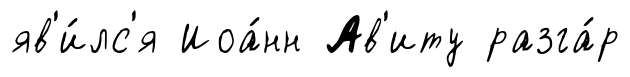
яв'и́лс'я Иоа́нн Ав'иту разга́р